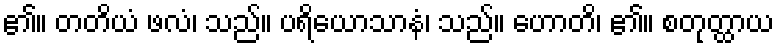
၏။ တတိယံ ဖလံ၊ သည်။ ပရိယောသာနံ၊ သည်။ ဟောတိ၊ ၏။ စတုတ္ထာယ